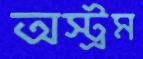
অস্ট্রম